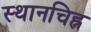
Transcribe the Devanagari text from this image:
स्थानचिह्न